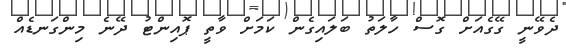
ދެވޭނީ ގޭގެއަށް ގޮސް ހާލަތު ބަލައިގެން ކަމަށް ވާތީ ޕޮއިންޓު ދޭނެ މިންގަނޑެއް